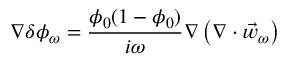
\nabla \delta \phi _ { \omega } = \frac { \phi _ { 0 } ( 1 - \phi _ { 0 } ) } { i \omega } \nabla \left( \nabla \cdot \vec { w } _ { \omega } \right)